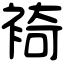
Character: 裿